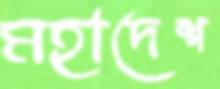
মহাদেশ